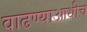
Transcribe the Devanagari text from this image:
वाढण्याआधीच